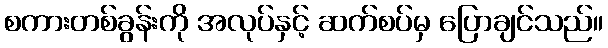
စကားတစ်ခွန်းကို အလုပ်နှင့် ဆက်စပ်မှ ပြောချင်သည်။